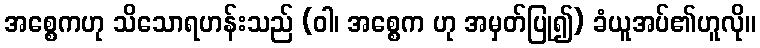
အစ္စေကဟု သိသောရဟန်းသည် (ဝါ၊ အစ္စေက ဟု အမှတ်ပြု၍) ခံယူအပ်၏ဟူလို။